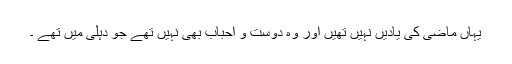
یہاں ماضی کی یادیں نہیں تھیں اور وہ دوست و احباب بھی نہیں تھے جو دہلی میں تھے ۔